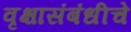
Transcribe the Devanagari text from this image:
वृक्षासंबंधीचे